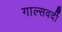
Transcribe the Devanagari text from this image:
गाल्‍सवर्दी